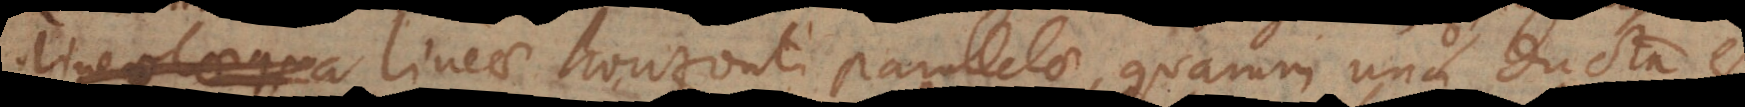
i lineae horizonti parallelae, quarum una ducta est